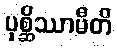
ပုစ္ဆိဿာမီတိ